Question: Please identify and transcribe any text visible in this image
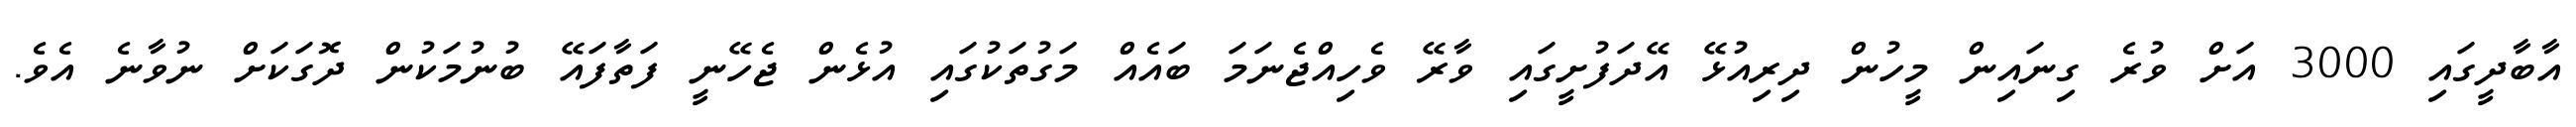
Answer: އާބާދީގައި 3000 އަށް ވުރެ ގިނައިން މީހުން ދިރިއުޅޭ އޭދަފުށީގައި ވާރޭ ވެހިއްޖެނަމަ ބައެއް މަގުތަކުގައި އުޅެން ޖެހޭނީ ފަތާފައޭ ބުނުމަކުން ދޮގަކަށް ނުވާނެ އެވެ.